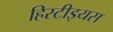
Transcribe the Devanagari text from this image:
हिस्टीइयस